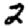
Digit: 2